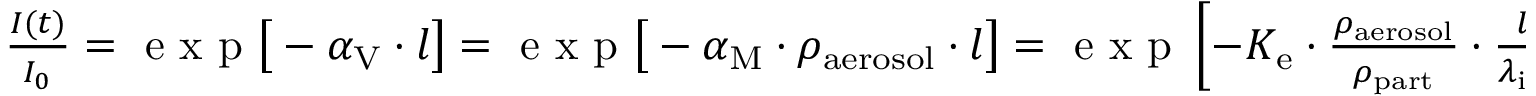
\begin{array} { r } { \frac { I ( t ) } { I _ { 0 } } = \mathrm { ~ e ~ x ~ p ~ } \big [ - \alpha _ { \mathrm { V } } \cdot l \big ] = \mathrm { ~ e ~ x ~ p ~ } \big [ - \alpha _ { \mathrm { M } } \cdot \rho _ { \mathrm { a e r o s o l } } \cdot l \big ] = \mathrm { ~ e ~ x ~ p ~ } \left[ - K _ { \mathrm { e } } \cdot \frac { \rho _ { \mathrm { a e r o s o l } } } { \rho _ { \mathrm { p a r t } } } \cdot \frac { l } { \lambda _ { \mathrm { i n } } } \right] . } \end{array}